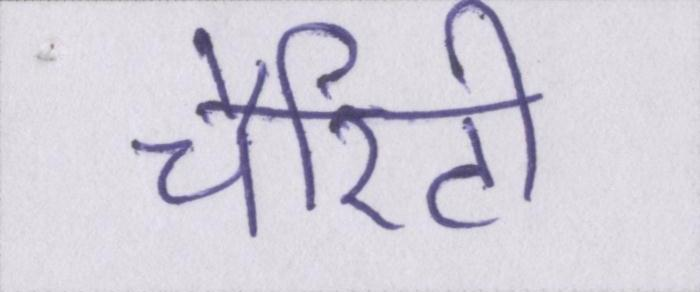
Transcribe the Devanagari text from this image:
चैरिटी